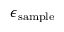
\boldsymbol \epsilon _ { \mathrm { s a m p l e } }